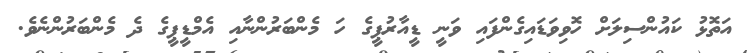
އަތޮޅު ކައުންސިލަށް ހޮވިވަޑައިގެންފައި ވަނީ ޑީއާރުޕީގެ ހަ މެންބަރުންނާއި އެމްޑީޕީގެ ދެ މެންބަރުންނެވެ.